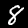
Label: 8